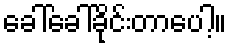
ခေါ်ခေါ်ခိုင်းတာပေါ့။